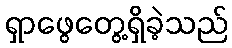
ရှာဖွေတွေ့ရှိခဲ့သည်